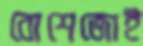
বোশেজোই